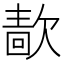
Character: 𰙖